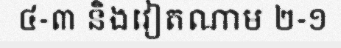
៤-៣ និងវៀតណាម ២-១